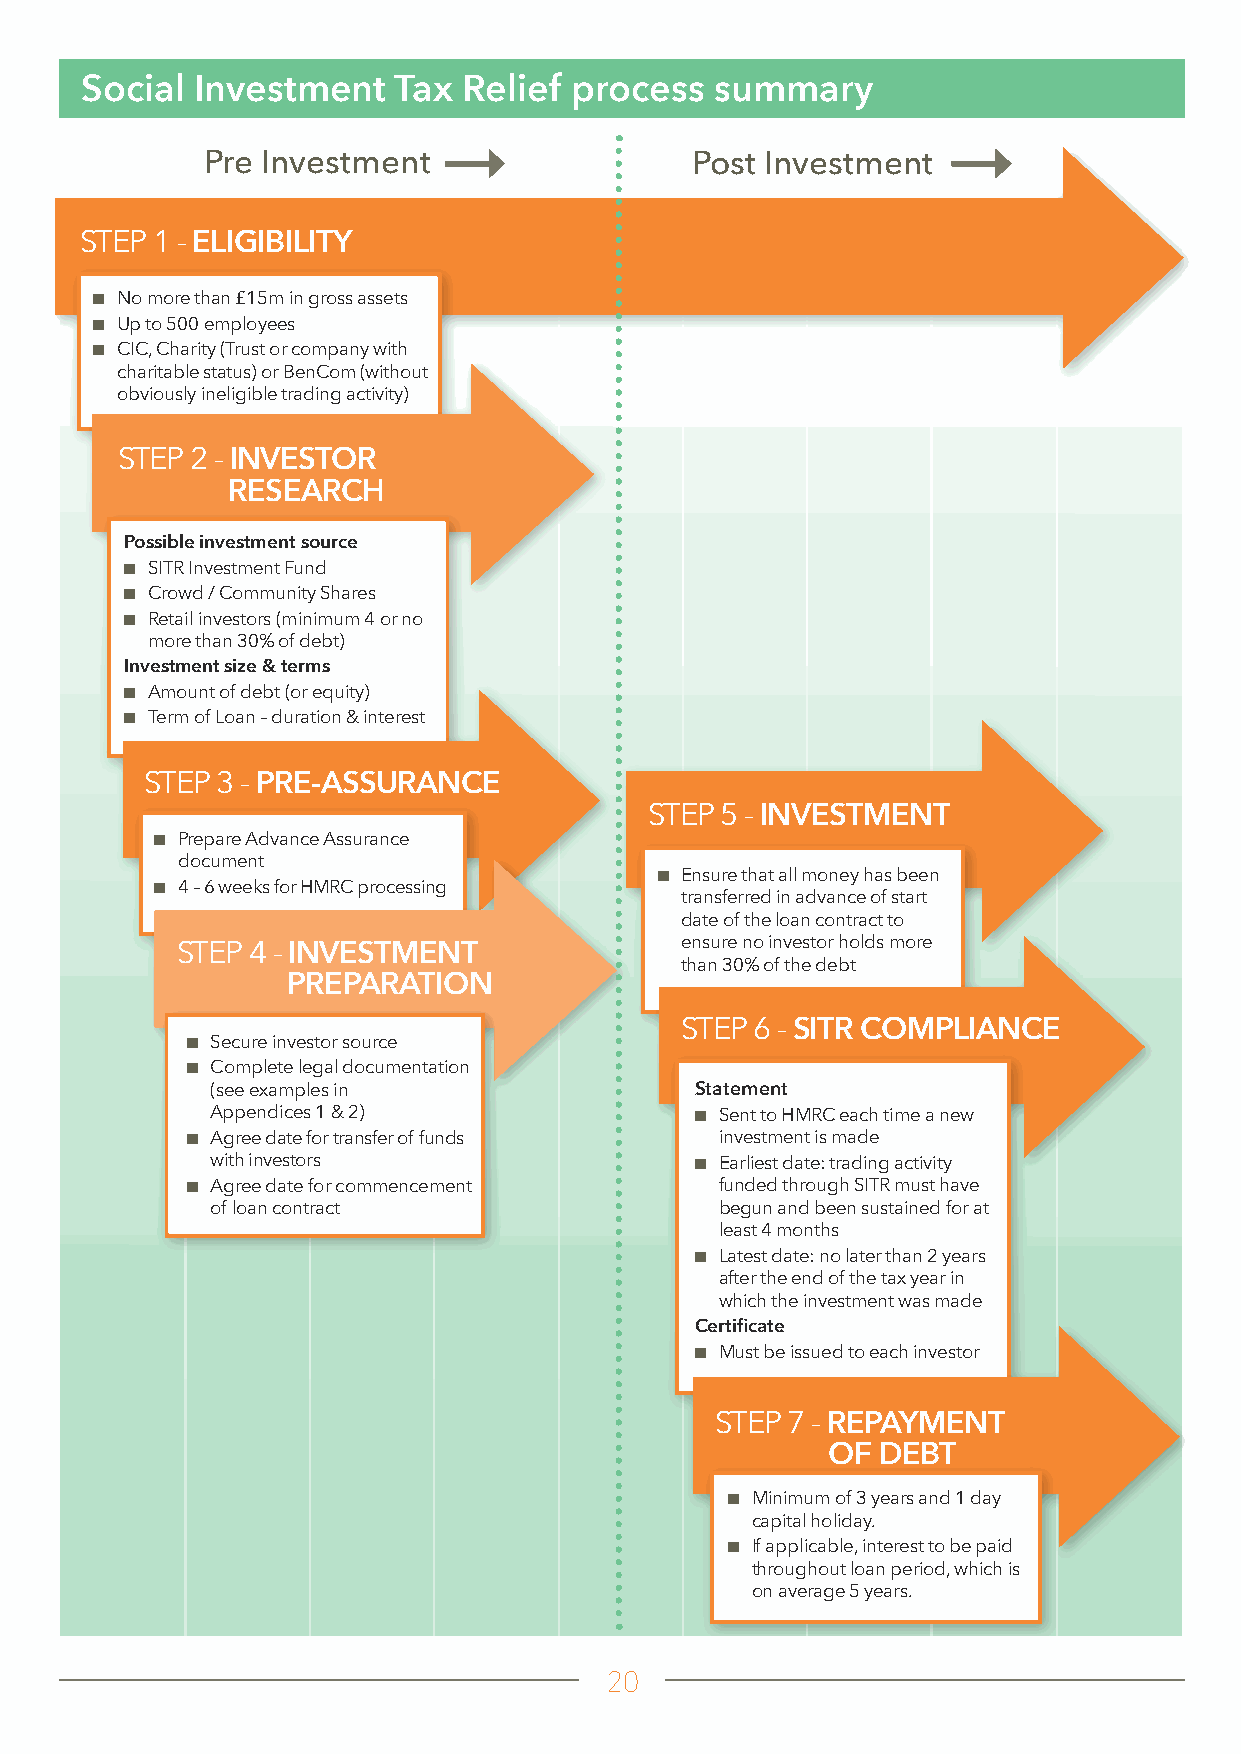
Social  Investment   Tax  Relief process  summary
 Pre Investment                   Post Investment
 STEP 1 - ELIGIBILITY
 ■■ No more than £15m in gross assets
 ■■ Up to 500 employees
 ■■ CIC, Charity (Trust or company with
 charitable status) or BenCom (without
 obviously ineligible trading activity)
 STEP 2 - INVESTOR
 RESEARCH
 Possible investment source
 ■■ SITR Investment Fund
 ■■ Crowd / Community Shares
 ■■ Retail investors (minimum 4 or no
 more than 30% of debt)
 Investment size & terms
 ■■ Amount of debt (or equity)
 ■■ Term of Loan – duration & interest
 STEP 3 - PRE-ASSURANCE
 STEP 5 - INVESTMENT
 ■■ Prepare Advance Assurance
 document
 ■■ Ensure that all money has been
 ■■ 4 – 6 weeks for HMRC processing
 transferred in advance of start
 date of the loan contract to
 ensure no investor holds more
 STEP 4 - INVESTMENT
 than 30% of the debt
 PREPARATION
 STEP 6 - SITR COMPLIANCE
 ■■ Secure investor source
 ■■ Complete legal documentation
 (see examples in                Statement
 Appendices 1 & 2)               ■■ Sent to HMRC each time a new
 ■■ Agree date for transfer of funds investment is made
 with investors                  ■■ Earliest date: trading activity
 ■■ Agree date for commencement      funded through SITR must have
 of loan contract                  begun and been sustained for at
 least 4 months
 ■■ Latest date: no later than 2 years
 after the end of the tax year in
 which the investment was made
 Certificate
 ■■ Must be issued to each investor
 STEP 7 - REPAYMENT
 OF DEBT
 ■■ Minimum of 3 years and 1 day
 capital holiday.
 ■■ If applicable, interest to be paid
 throughout loan period, which is
 on average 5 years.
 20